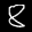
Label: 8